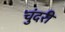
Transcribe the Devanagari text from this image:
चुंदरी